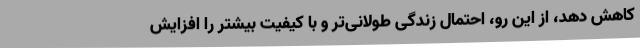
کاهش دهد، از این رو، احتمال زندگی طولانی‌تر و با کیفیت بیشتر را افزایش